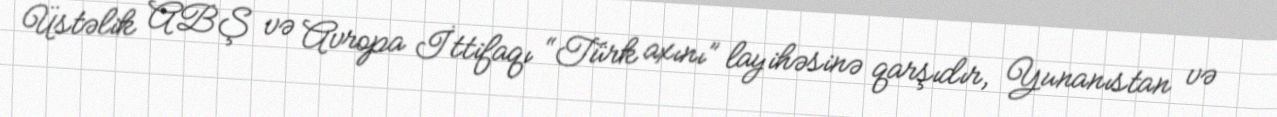
Üstəlik ABŞ və Avropa İttifaqı “Türk axını” layihəsinə qarşıdır, Yunanıstan və